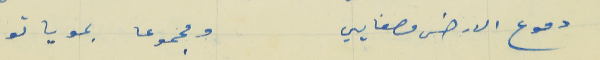
دموع الارض مصفايي                                       ومجموعا بموياتو